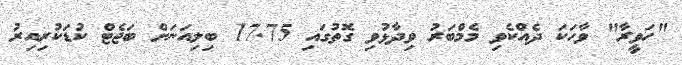
"ހަވީރާ" ވާހަކަ ދެއްކެވި މެމްބަރު ވިދާޅުވި ގޮތުގައި 17.75 ބިލިއަނަށް ބަޖެޓް ކުޑަކުރިއިރު